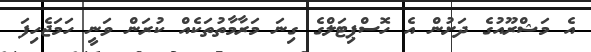
އެ މަޝްރޫއުގެ ދަށުން އެ ހޮސްޕިޓަލްގެ ގިނަ މަރާމާތުތަކެއް ކުރަން ވަނީ ހަމަޖެހިފަ